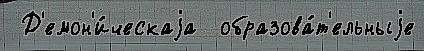
 Д'емон'и́ческаjа  образова́т'ельныjе